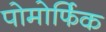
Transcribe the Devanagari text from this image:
पोमोर्फिक